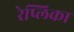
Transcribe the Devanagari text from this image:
रेप्लिका